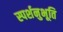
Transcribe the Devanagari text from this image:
स्पर्शनुभूति